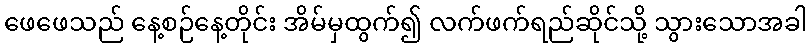
ဖေဖေသည် နေ့စဉ်နေ့တိုင်း အိမ်မှထွက်၍ လက်ဖက်ရည်ဆိုင်သို့ သွားသောအခါ